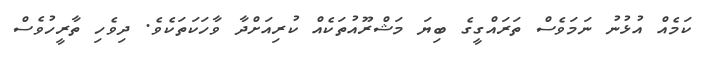
ކަމެއް އުޅުނު ނަމަވެސް ތަަަރައްގީގެ ބިޔަ މަޝްރޫއުތަކެއް ކުރިއަށްދާ ވާހަކަތަކެވެ. ދިވެހި ތާރީހުވެސް